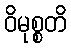
ဝိမုစ္စတိ